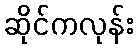
ဆိုင်ကလုန်း